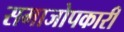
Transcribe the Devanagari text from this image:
समाजोपकारी